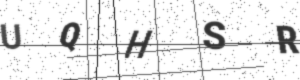
Text: UQHSR